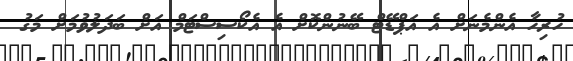
ހުރިހާ އެންމެނަށް އެ އަޕްޑޭޓް ބޭނުންކޮށް އެ އެކޯސިސްޓަމް އަށް ބަދަލުވުމަށް މަގު